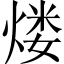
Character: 𤋏